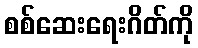
စစ်ဆေးရေးဂိတ်ကို